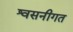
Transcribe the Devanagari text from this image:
श्वसनीगत